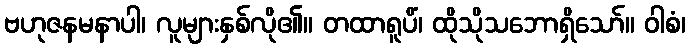
ဗဟုဇနမနာပါ၊ လူများနှစ်လို၏။ တထာရူပိံ၊ ထိုသိုသဘောရှိသော်။ ဝါစံ၊